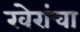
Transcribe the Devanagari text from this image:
खेरांचा